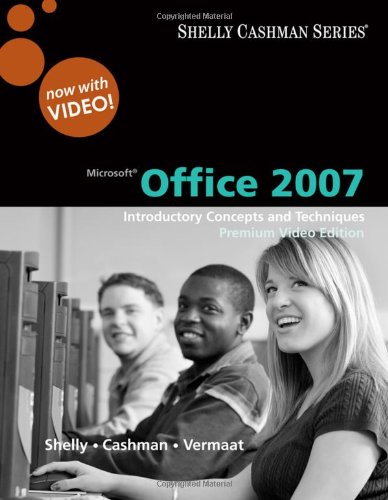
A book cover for Microsoft Office 2007: Introductory Concepts and Techniques, Premium Video Edition (Available Titles Skills Assessment Manager (SAM) - Office 2007); Gary B. Shelly; Business & Money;